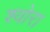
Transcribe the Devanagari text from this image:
श्योरा